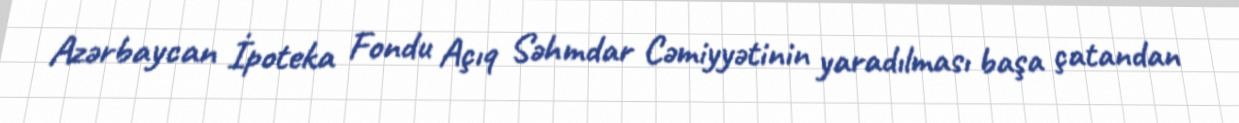
Azərbaycan İpoteka Fondu Açıq Səhmdar Cəmiyyətinin yaradılması başa çatandan